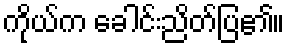
ကိုယ်က ခေါင်းညိတ်ပြ၏။